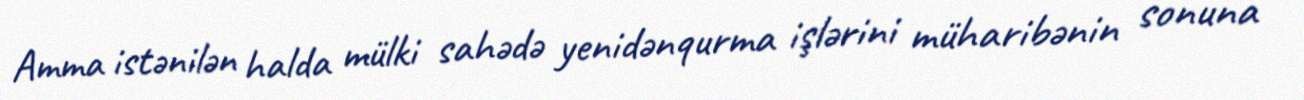
Amma istənilən halda mülki sahədə yenidənqurma işlərini müharibənin sonuna